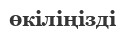
өкіліңізді